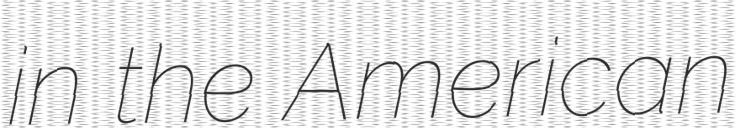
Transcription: in the American